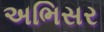
અભિસર